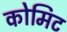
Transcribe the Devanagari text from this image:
कोमिट